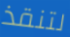
لتنقذ